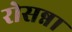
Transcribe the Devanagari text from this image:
रोसन्ना